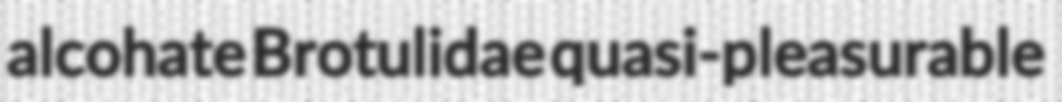
alcohate Brotulidae quasi-pleasurable